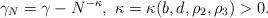
LaTeX: \begin{align*}\gamma_N=\gamma-N^{-\kappa},\ \kappa=\kappa(b, d, \rho_2,\rho_3)>0.\end{align*}